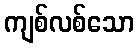
ကျစ်လစ်သော